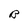
Character: B